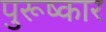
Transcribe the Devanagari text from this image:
पुरूष्कार